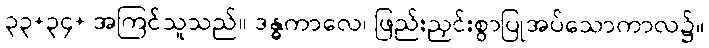
၃၃+၃၄+ အကြင်သူသည်။ ဒန္ဓကာလေ၊ ဖြည်းညှင်းစွာပြုအပ်သောကာလ၌။